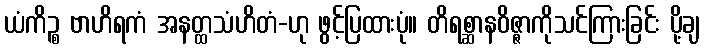
ယံကိဉ္စ ဗာဟိရကံ အနတ္ထသံဟိတံ-ဟု ဖွင့်ပြထားပုံ။ တိရစ္ဆာနဝိဇ္ဇာကိုသင်ကြားခြင်း ပို့ချ